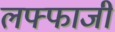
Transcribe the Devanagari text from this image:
लफ्फाजी